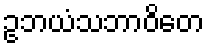
ဥဘယံသဘာဝိတေ